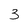
Character: 3